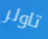
تاولر